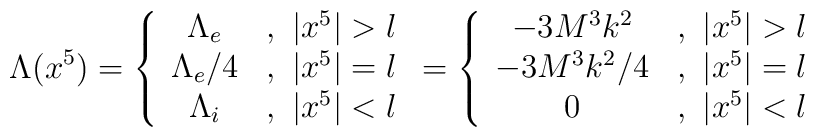
\Lambda(x^5) =               \left\{ \begin{array}{cc}             \Lambda_e  &,\,\,  |x^5| > l\\             \Lambda_e/4  &,\,\,  |x^5| = l\\             \Lambda_i  &,\,\,  |x^5| < l                       \end{array}               \right.                 =               \left\{ \begin{array}{cc}             -3M^3k^2  &, \,\, |x^5| > l\\             -3M^3k^2/4  &, \,\, |x^5| = l\\                 0     &, \,\, |x^5| < l                       \end{array}               \right.